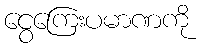
ငွေကြေးပမာဏကို